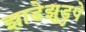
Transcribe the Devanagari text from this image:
झाडेझुडुपे